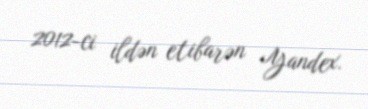
2012-ci ildən etibarən Yandex.